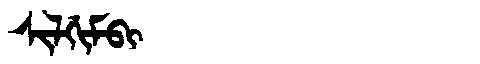
Manchu: ᠰᡳᠯᡤᡳᠮᠪᡳ
Romanization: SILGIMBI